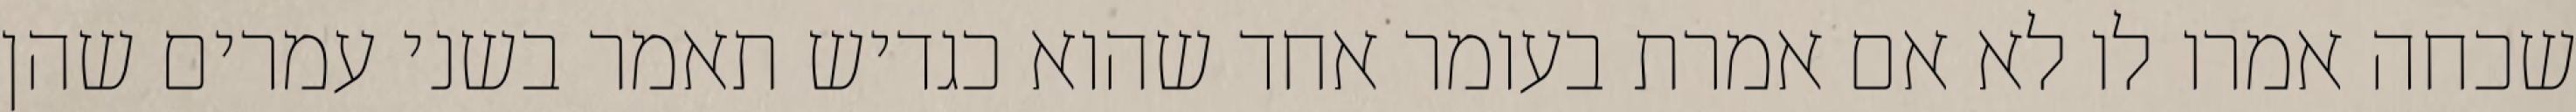
שכחה אמרו לו לא אם אמרת בעומר אחד שהוא כגדיש תאמר בשני עמרים שהן